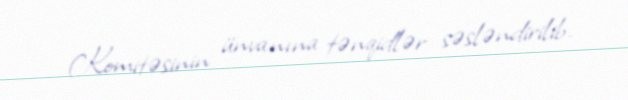
Komitəsinin ünvanına tənqidlər səsləndirilib.